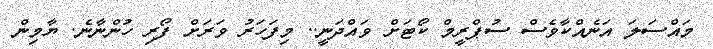
މައްސަލަ އަނެއްކާވެސް ސުޕްރީމް ކޯޓަށް ވައްދަނީ.. މިފަހަރު ވަރަށް ފޯރި ހުންނާނެ. ޔާމިން